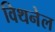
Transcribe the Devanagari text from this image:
विथनेल